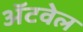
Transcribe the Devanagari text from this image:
अॅटवेल